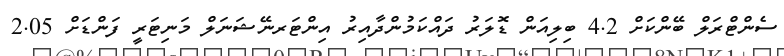
ސެންޓްރަލް ބޭންކަށް 4.2 ބިލިއަން ޑޮލަރު ދައްކަމުންދާއިރު އިންޓަރނޭޝަނަލް މަނިޓަރީ ފަންޑަށް 2.05